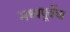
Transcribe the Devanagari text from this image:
मध्यपूर्वेचा